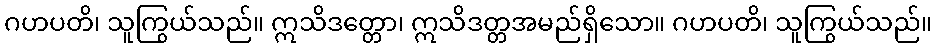
ဂဟပတိ၊ သူကြွယ်သည်။ ဣသိဒတ္တော၊ ဣသိဒတ္တအမည်ရှိသော။ ဂဟပတိ၊ သူကြွယ်သည်။